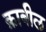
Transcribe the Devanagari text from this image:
क़ाबील